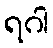
ရဂါ